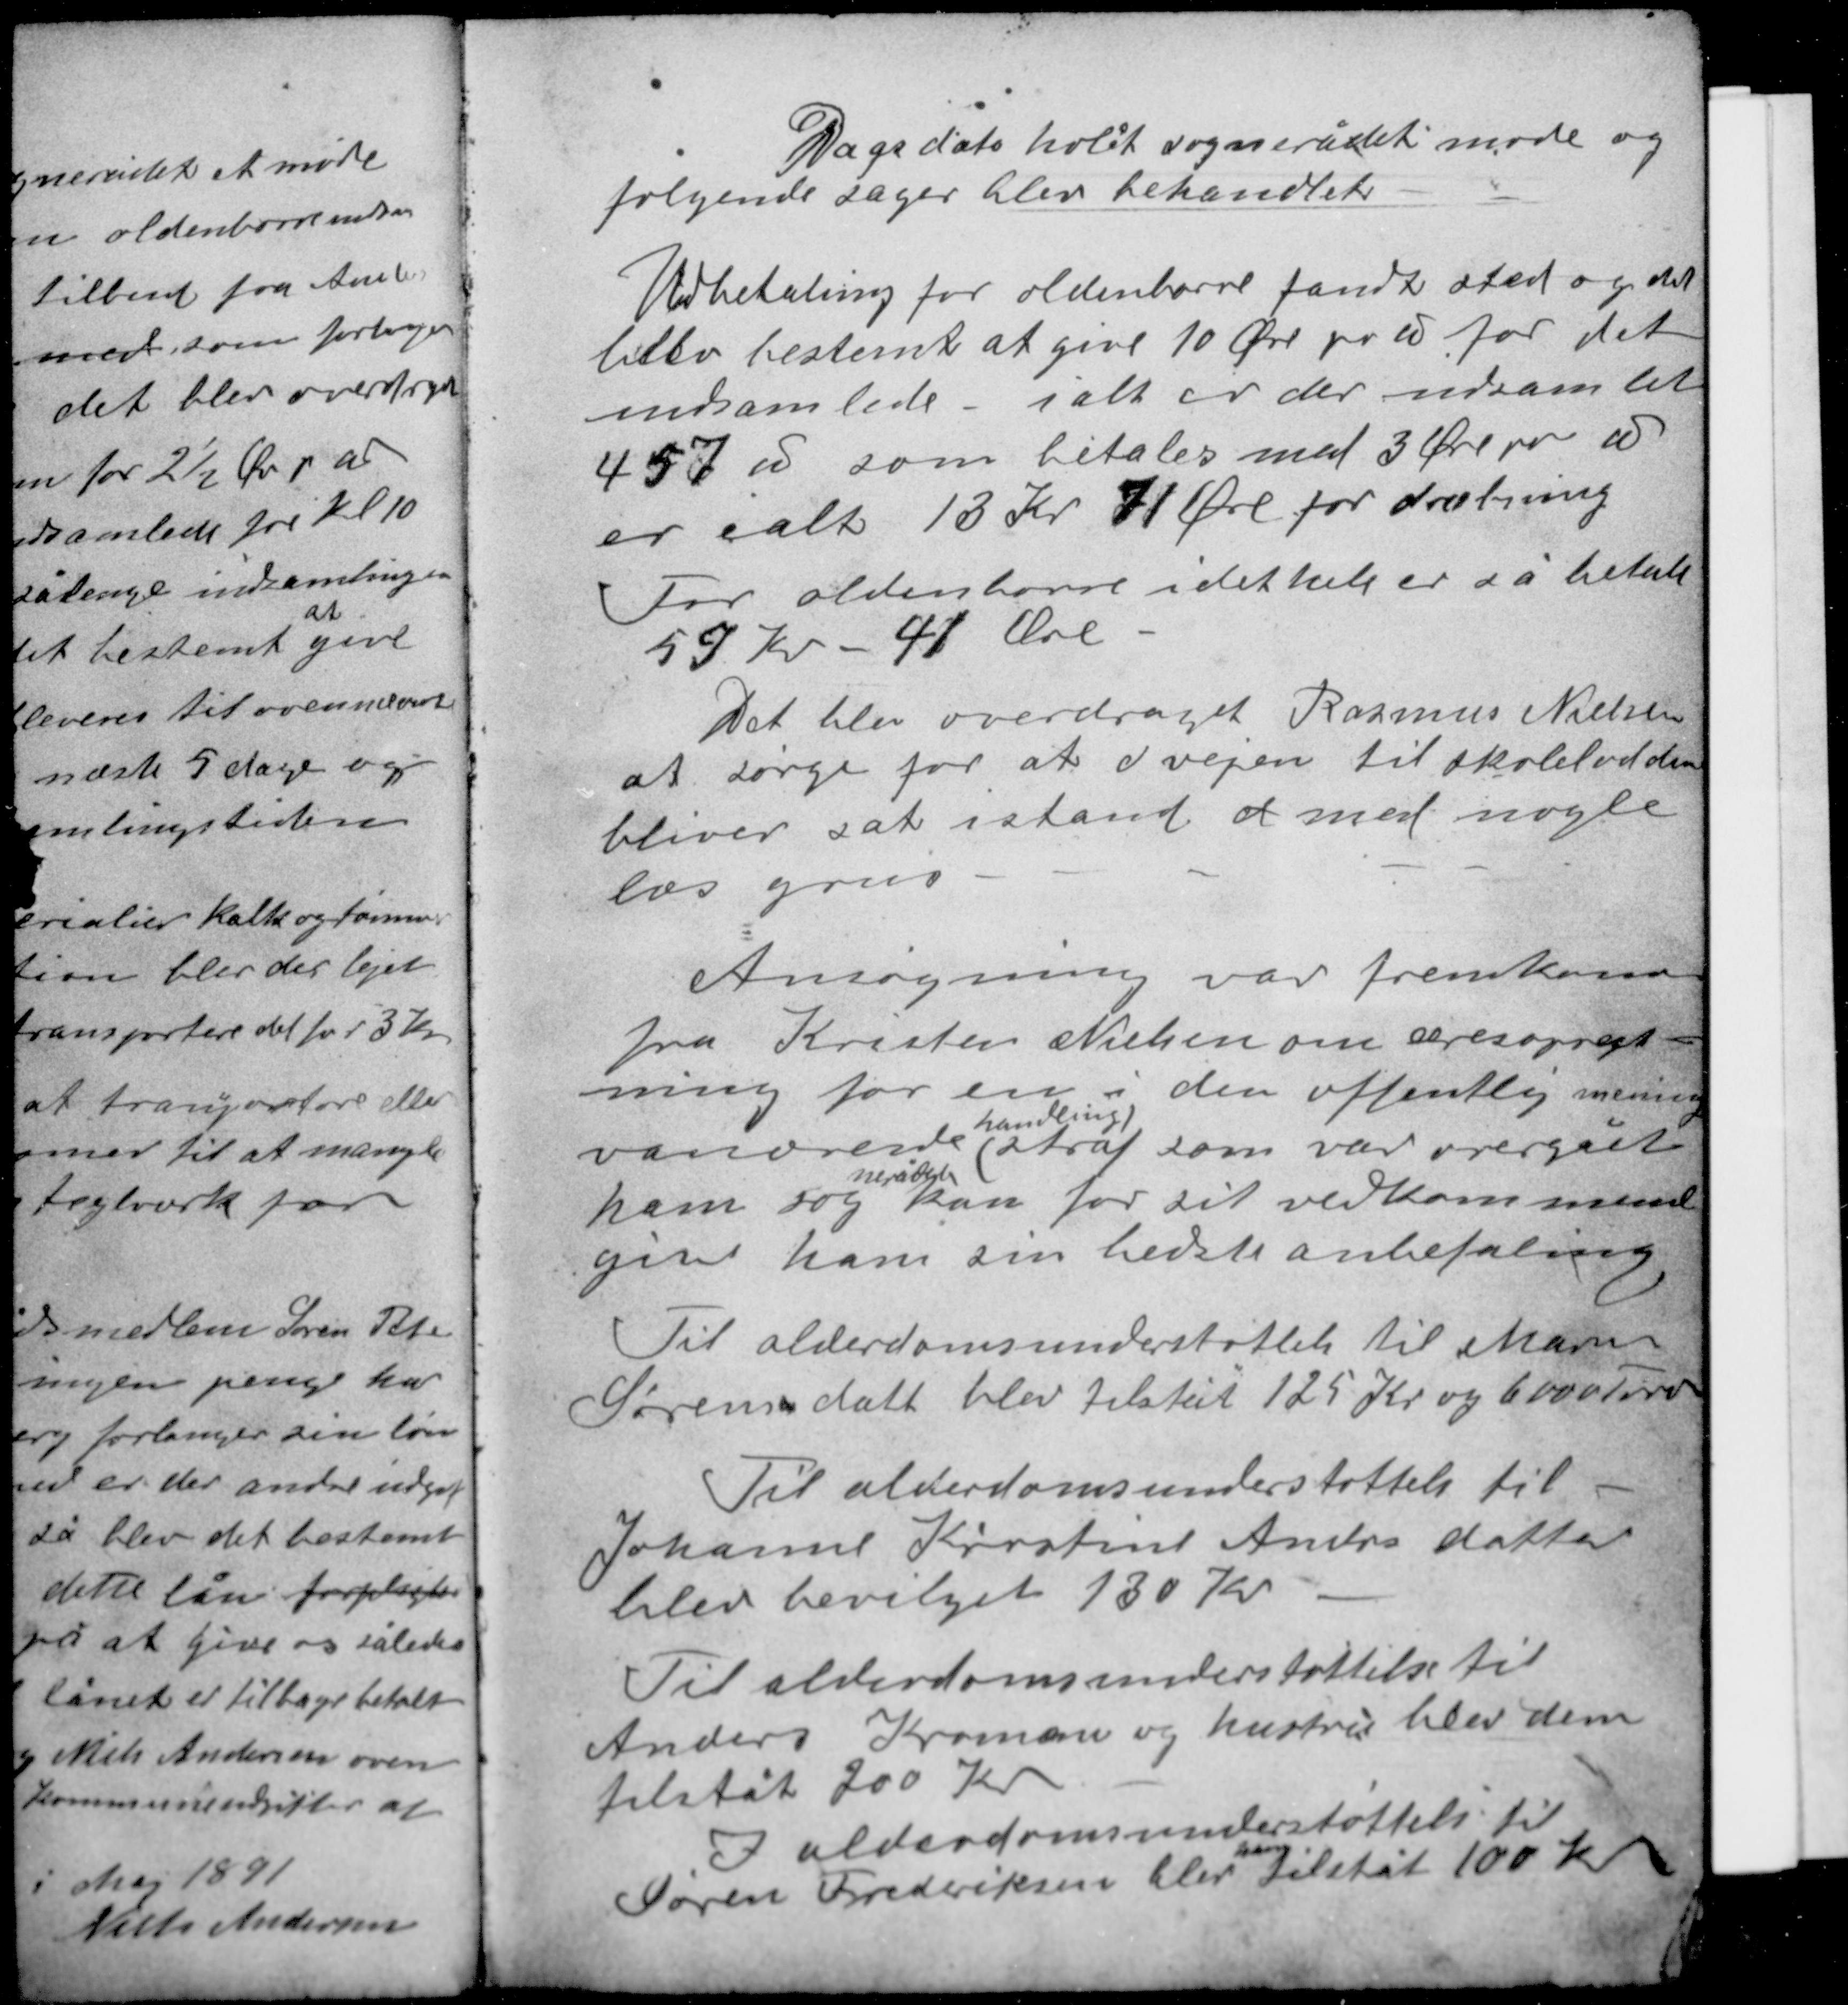
Transskription:
Dags dato holdt sognerådet møde og
følgende sager blev behandlet.

Udbetaling for oldenborre fandt sted og det
blev bestemt at give 10 Øre pr ℔ for det
indsamlede - i alt er der indsamlet
457 ℔ som betales med 3 Øre pr ℔
er ialt 13 Kr 71 Øre for dræbning
For oldenborre i det hele er så betalt
59 Kr - 41 Øre -

Det blev overdraget Rasmus Nielsen
at sørge for at  vejen til skolelodden
bliver sat i stand at med nogle
læs grus.

Ansøgning var fremkommen
fra Kristen Nielsen om æresopret-
ning for en i den offentlig mening
handling)
vanærende ( straf som var overgået
nerådet
ham sog kan for sit vedkommende
give ham sin bedste anbefaling.

Til alderdomsunderstøttelse til Maren
Sørensens datt blev tilstået 125 Kr og 6000 Tørv

Til alderdomsunderstøttelse til
Johanne Kirstine Anders datter
blev bevilget 130 Kr.

Til alderdomsunderstøttelse til
Anders Kroman og hustru blev dem
tilstået 200 Kr.
I alderdomsunderstøttelse til
han
Søren Frederiksen blev tilstået 100 Kr.